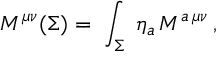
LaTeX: M ^ { \mu \nu } ( \Sigma ) = \; \int _ { \Sigma } \; \eta _ { a } \, { \cal M } ^ { a \, \mu \nu } \, ,